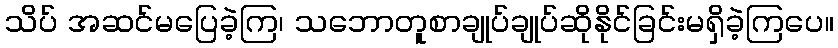
သိပ် အဆင်မပြေခဲ့ကြ၊ သဘောတူစာချုပ်ချုပ်ဆိုနိုင်ခြင်းမရှိခဲ့ကြပေ။